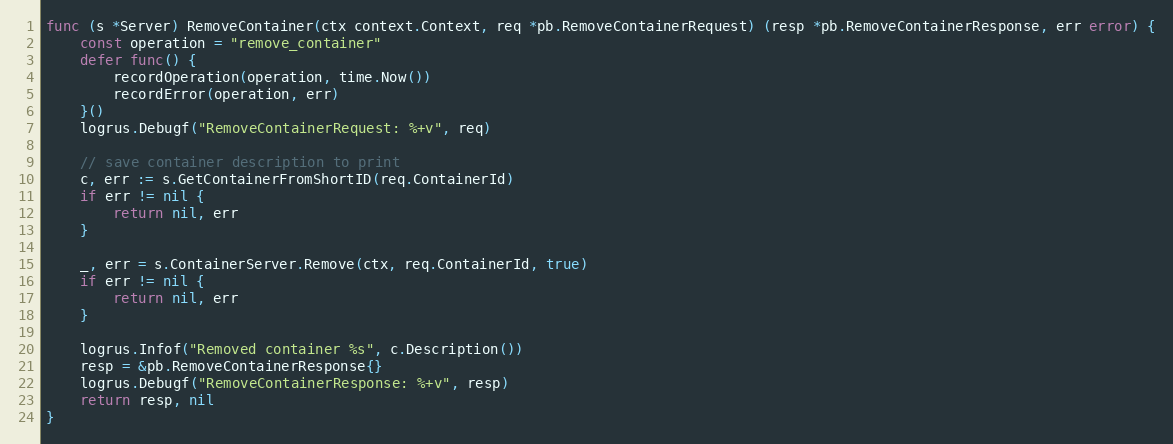
Language: Go
func (s *Server) RemoveContainer(ctx context.Context, req *pb.RemoveContainerRequest) (resp *pb.RemoveContainerResponse, err error) {
	const operation = "remove_container"
	defer func() {
		recordOperation(operation, time.Now())
		recordError(operation, err)
	}()
	logrus.Debugf("RemoveContainerRequest: %+v", req)

	// save container description to print
	c, err := s.GetContainerFromShortID(req.ContainerId)
	if err != nil {
		return nil, err
	}

	_, err = s.ContainerServer.Remove(ctx, req.ContainerId, true)
	if err != nil {
		return nil, err
	}

	logrus.Infof("Removed container %s", c.Description())
	resp = &pb.RemoveContainerResponse{}
	logrus.Debugf("RemoveContainerResponse: %+v", resp)
	return resp, nil
}